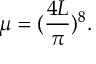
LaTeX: \mu = ( \frac { 4 L } { \pi } ) ^ { 8 } .